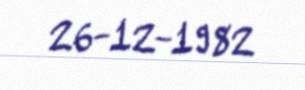
26-12-1982